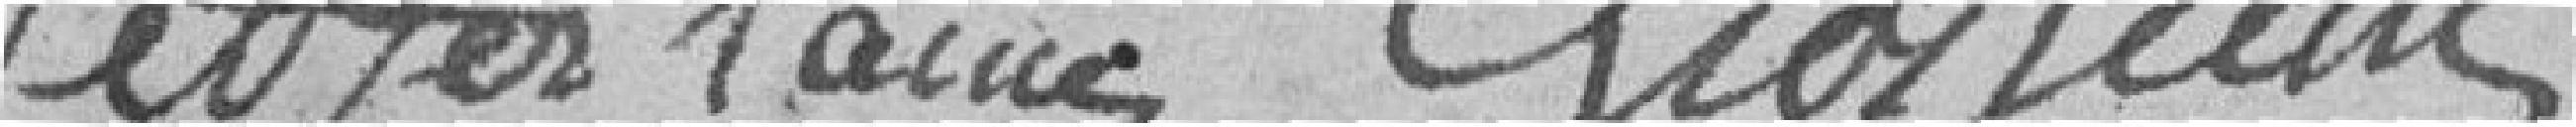
Netzer l'ainé Grosjean